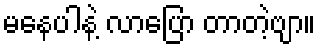
မနေပါနဲ့ လာပြော တာတဲ့ဗျာ။